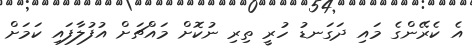
އެ ކެރޭންގެ މައި ދަގަނޑު ހުރީ ތިރި ނުކޮށް މައްޗަށް އުފުލާފައި ކަމަށް